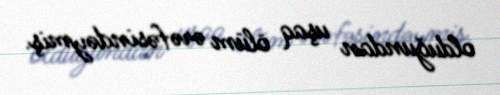
olduğundan uşaq ölüm ərəfəsindəymiş.